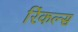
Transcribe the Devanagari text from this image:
रिंकल्स